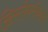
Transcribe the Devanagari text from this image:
ख्रिस्तीधर्मीयांचे